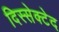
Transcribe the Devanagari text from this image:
दिस्सेक्टेद